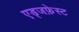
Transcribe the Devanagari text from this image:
एड्जफ़ेस्ट